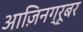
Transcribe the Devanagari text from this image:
आज़िनग्रूबर